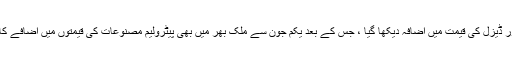
عالمی منڈی میں خام تیل اور ڈیزل کی قیمت میں اضافہ دیکھا گیا ، جس کے بعد یکم جون سے ملک بھر میں بھی پیٹرولیم مصنوعات کی قیمتوں میں اضافے کا امکان ظاہر کیا جارہا ہے۔